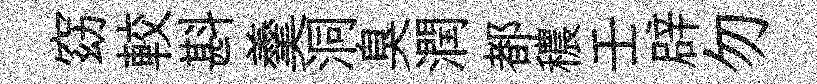
窈較斟羹洞臭潤都穠壬辟勿